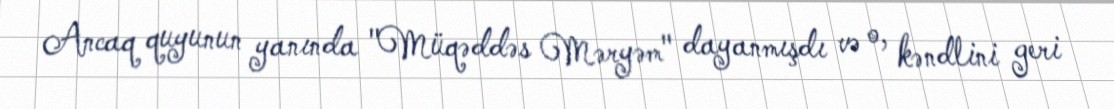
Ancaq quyunun yanında "Müqəddəs Məryəm" dayanmışdı və o, kəndlini geri